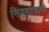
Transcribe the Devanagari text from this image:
नियमासाठी